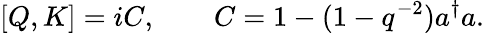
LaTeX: [Q,K]=iC,\qquad C=1-(1-q^{-2})a^{\dagger}a.